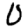
Digit: 0